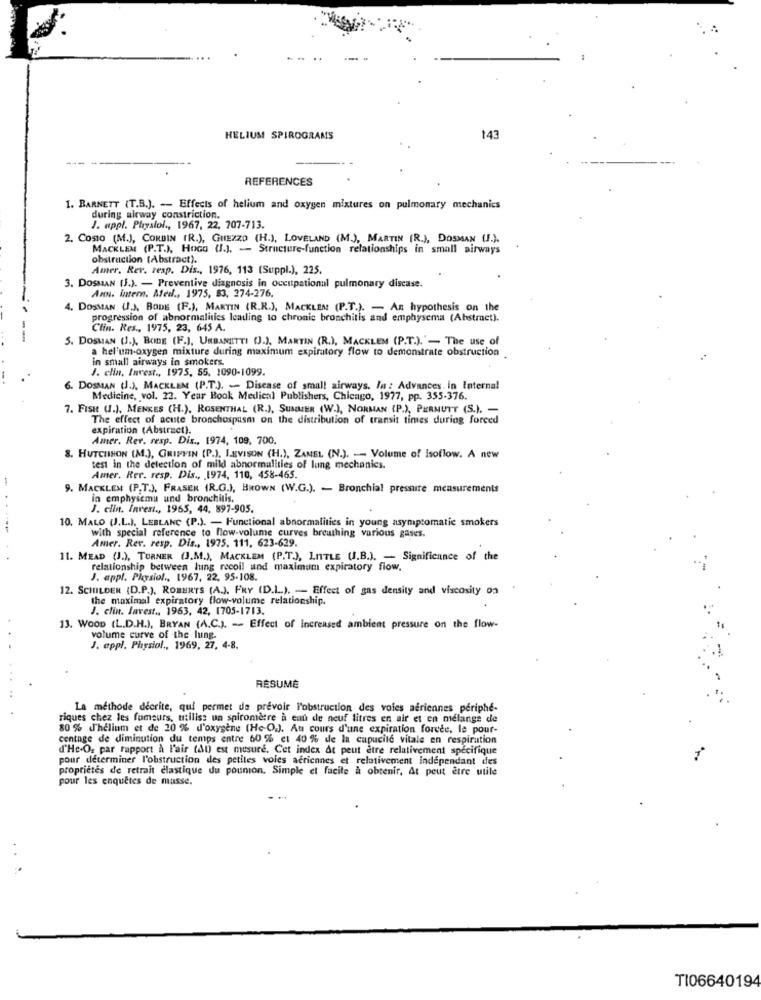
-- -
HELIUM SPIROGRAMS
143
REFERENCES
1. BARNETT (T.B.). -- Effects of helium and oxygen mixtures on pulmonary mechanics
during airway constriction.
J. appl. Physlol ., 1967, 22, 707-713.
2. Costo (M.), CORDIN (R.), GHEZZO (H.), LOVELAND (M.), MARTIN (R.), DOSMAN (.).
MACKLEM (P.T.), HOGO (J.J. - Structure-function relationships in small airways
obstruction (Abstract).
Amer. Rev. resp. Dis ., 1976, 113 (Suppl.), 225.
3. DOSMAN [J.). - Preventive diagnosis in occupational pulmonary disease.
Ann. intern. Ated ., 1975, 83, 274-276.
4. DOSMAN (JJ, BODE (F.), MARTIN (R.R.), MACKLEM (P.T.). - An hypothesis on the
progression of abnormalities leading to chronic bronchitis and emphysema (Abstraet).
Clin. Res ., 1975, 23, 645 A.
S. DOSMAN (J.J. BUDE (F.J. URBANETTI (.). MARTIN (R.), MACKLEM (P.T.).'- The use of
a hel'um-oxygen mixture during maximum expiratory flow to demonstrate obstruction
in small airways in smokers.
J. clin, Invest ., 1975, 55. 1090-1099.
6. DOSMAN U.), MACKLEN (P.T.). - Disease of small airways. In : Advances in Internal
Medicine, vol. 22. Year Book Medical Publishers, Chicago, 1977, pp. 355-376.
7. FISH (.), MENKES (H.), ROSENTHAL (R.), SUMMER (W.), NORMAN (P.), PERMUTT (S.). -
The effect of acute bronchospusm on the distribution of transit times during forced
expiration (Abstract).
Amer. Rer. resp. Dis ., 1974, 109, 700.
8. HUTCHHON (M.), GRIFFIN (P.), LEVISON (H.), ZAMEL (N.). -- Volume of isoflow. A new
test in the detection of mild abnormalities of lung mechanics.
Amer. Rer. resp. Dis ., 1974, 110, 458-465.
9. MACKLEM (P.T.J. FRASER (R.G.), BROWN (W.G.). - Bronchial pressure measurements
in emphysema und bronchitis.
J. clin. Inrest ., 1965, 44, 897-905.
10. MALO (J.L.), LEBLANC (P.). - Functional abnormalities in young asymptomatic smokers
with special reference to flow-volume curves brewthing various gases.
Amer. Rer. resp. Dis ., 1975. 111, 623-629.
11. MEAD (J.), TURNER (J.M.), MACKLEM (P.T.), LITTLE U.B.J. - Significance of the
relationship between lung recoil und maximum expiratory flow.
J. appl. Physiol ., 1967, 22, 95-108.
12. SCHILDER (D.P.). ROBERTS (A.). FRY (D.L.). - Effect of gas density and viscosity on
the maximal expiratory flow-volume relationship.
J. clin. lavest .. 1963, 42, 1705-1713.
13. WOOD (L.D.H.), BRYAN (A.C.). - Effect of increased ambient pressure on the flow-
volume curve of the lung.
J. appl. Physiol ., 1969, 27, 4-8.
RÉSUMÉ
La méthode décrite, qui permet de prevoir l'obstruction des voies aériennes periphe-
riques chez les fumeurs, millis: un spiromdere a eau de neuf litres en air et en mélange de
80 % .Thelium et de 20 % d'oxygène (He-O.), Au cours d'une expiration forcee, le pour-
centage de diminution du temps entre 60 % et 40 % de la cupucite vitale en respiration
d'He-O, par rapport à l'air (AU) est mesure. Cet index At peut être relativement specifique
pour determiner l'obstruction des petites voles aériennes et relativement independant des
propriétés de retrait elastique du pounion. Simple et facile à obtenir, At peut être utile
pour les enquêtes de musse.
TI06640194